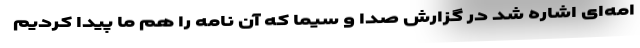
امه‌ای اشاره شد در گزارش صدا و سیما که آن نامه را هم ما پیدا کردیم